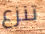
تنزع